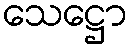
သေဋ္ဌော